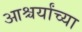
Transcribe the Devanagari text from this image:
आश्चर्यांच्या